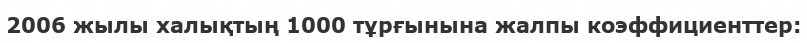
2006 жылы халықтың 1000 тұрғынына жалпы коэффициенттер: